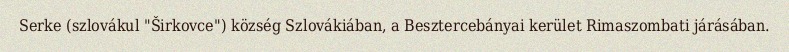
Serke (szlovákul "Širkovce") község Szlovákiában, a Besztercebányai kerület Rimaszombati járásában.